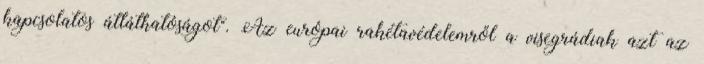
kapcsolatos átláthatóságot". Az európai rakétavédelemről a visegrádiak azt az